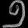
Digit: ၅